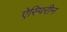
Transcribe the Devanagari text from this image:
ऐस्पिरीन